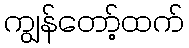
ကျွန်တော့်ထက်